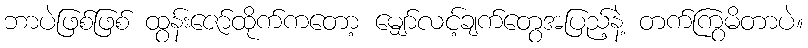
ဘာပဲဖြစ်ဖြစ် ထွန်းဇော်ထိုက်ကတော့ မျှော်လင့်ချက်တွေအပြည့်နဲ့ တက်ကြွမိတာပဲ။